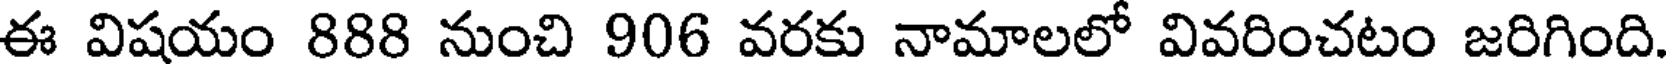
ఈ విషయం 888 నుంచి 906 వరకు నామాలలో వివరించటం జరిగింది.